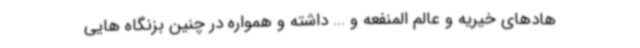
هادهای خیریه و عالم المنفعه و ... داشته و همواره در چنین بزنگاه هایی